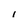
Character: i